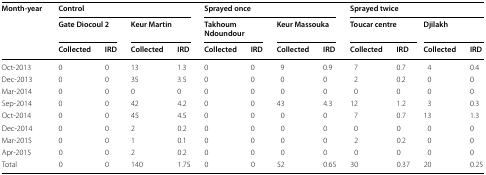
<table><thead><tr><td rowspan="3"><b>Month-year</b></td><td colspan="4"><b>Control</b></td><td colspan="4"><b>Sprayed once</b></td><td colspan="4"><b>Sprayed twice</b></td></tr><tr><td colspan="2"><b>Gate Diocoul 2</b></td><td colspan="2"><b>Keur Martin</b></td><td colspan="2"><b>Takhoum Ndoundour</b></td><td colspan="2"><b>Keur Massouka</b></td><td colspan="2"><b>Toucar centre</b></td><td colspan="2"><b>Djilakh</b></td></tr><tr><td><b>Collected</b></td><td><b>IRD</b></td><td><b>Collected</b></td><td><b>IRD</b></td><td><b>Collected</b></td><td><b>IRD</b></td><td><b>Collected</b></td><td><b>IRD</b></td><td><b>Collected</b></td><td><b>IRD</b></td><td><b>Collected</b></td><td><b>IRD</b></td></tr></thead><tbody><tr><td>Oct-2013</td><td>0</td><td>0</td><td>13</td><td>1.3</td><td>0</td><td>0</td><td>9</td><td>0.9</td><td>7</td><td>0.7</td><td>4</td><td>0.4</td></tr><tr><td>Dec-2013</td><td>0</td><td>0</td><td>35</td><td>3.5</td><td>0</td><td>0</td><td>0</td><td>0</td><td>2</td><td>0.2</td><td>0</td><td>0</td></tr><tr><td>Mar-2014</td><td>0</td><td>0</td><td>0</td><td>0</td><td>0</td><td>0</td><td>0</td><td>0</td><td>0</td><td>0</td><td>0</td><td>0</td></tr><tr><td>Sep-2014</td><td>0</td><td>0</td><td>42</td><td>4.2</td><td>0</td><td>0</td><td>43</td><td>4.3</td><td>12</td><td>1.2</td><td>3</td><td>0.3</td></tr><tr><td>Oct-2014</td><td>0</td><td>0</td><td>45</td><td>4.5</td><td>0</td><td>0</td><td>0</td><td>0</td><td>7</td><td>0.7</td><td>13</td><td>1.3</td></tr><tr><td>Dec-2014</td><td>0</td><td>0</td><td>2</td><td>0.2</td><td>0</td><td>0</td><td>0</td><td>0</td><td>0</td><td>0</td><td>0</td><td>0</td></tr><tr><td>Mar-2015</td><td>0</td><td>0</td><td>1</td><td>0.1</td><td>0</td><td>0</td><td>0</td><td>0</td><td>2</td><td>0.2</td><td>0</td><td>0</td></tr><tr><td>Apr-2015</td><td>0</td><td>0</td><td>2</td><td>0.2</td><td>0</td><td>0</td><td>0</td><td>0</td><td>0</td><td>0</td><td>0</td><td>0</td></tr><tr><td>Total</td><td>0</td><td>0</td><td>140</td><td>1.75</td><td>0</td><td>0</td><td>52</td><td>0.65</td><td>30</td><td>0.37</td><td>20</td><td>0.25</td></tr></tbody></table>